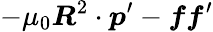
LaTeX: -\mu_{0}\boldsymbol{R}^{2}\cdot\boldsymbol{p}^{\prime}-\boldsymbol{ff}^{\prime}